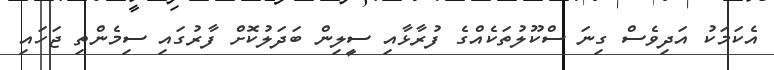
އެކަމަކު އަދިވެސް ގިނަ ސްކޫލުތަކެއްގެ ފުރާޅާއި ސީލިން ބަދަލުކޮށް ފާރުގައި ސިމެންތި ޖަހައި